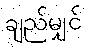
ချည်မျှင်